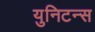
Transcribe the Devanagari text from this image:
युनिटन्स